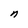
Character: n